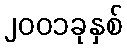
၂၀၀၁ခုနှစ်